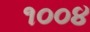
૧૦૦૪